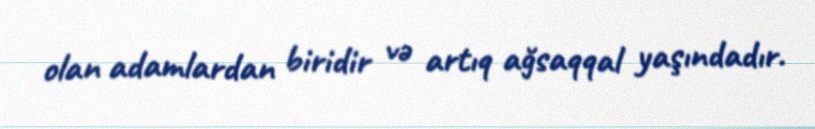
olan adamlardan biridir və artıq ağsaqqal yaşındadır.